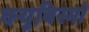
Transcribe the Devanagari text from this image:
क्युबिस्मो